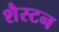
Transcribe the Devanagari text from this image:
शैस्टन